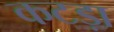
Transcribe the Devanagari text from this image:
कटड़ा